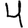
Digit: 4